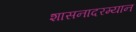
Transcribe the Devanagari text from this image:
शासनादरम्यान